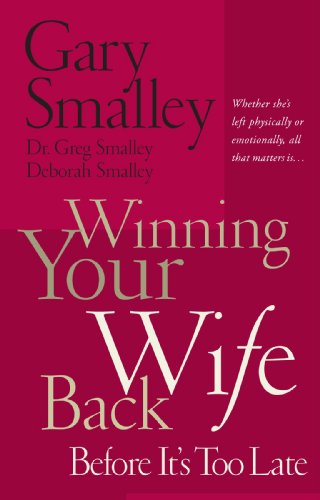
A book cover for Winning Your Wife Back Before It's Too Late; Gary Smalley; Christian Books & Bibles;